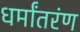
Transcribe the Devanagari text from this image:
धर्मांतरंण